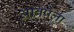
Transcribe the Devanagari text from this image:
अविषैला